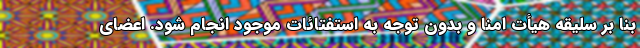
بنا بر سلیقه هیأت امنا و بدون توجه به استفتائات موجود انجام شود. اعضای